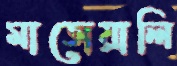
মাতোয়ালি